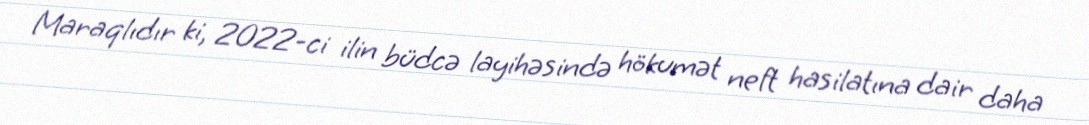
Maraqlıdır ki, 2022-ci ilin büdcə layihəsində hökumət neft hasilatına dair daha